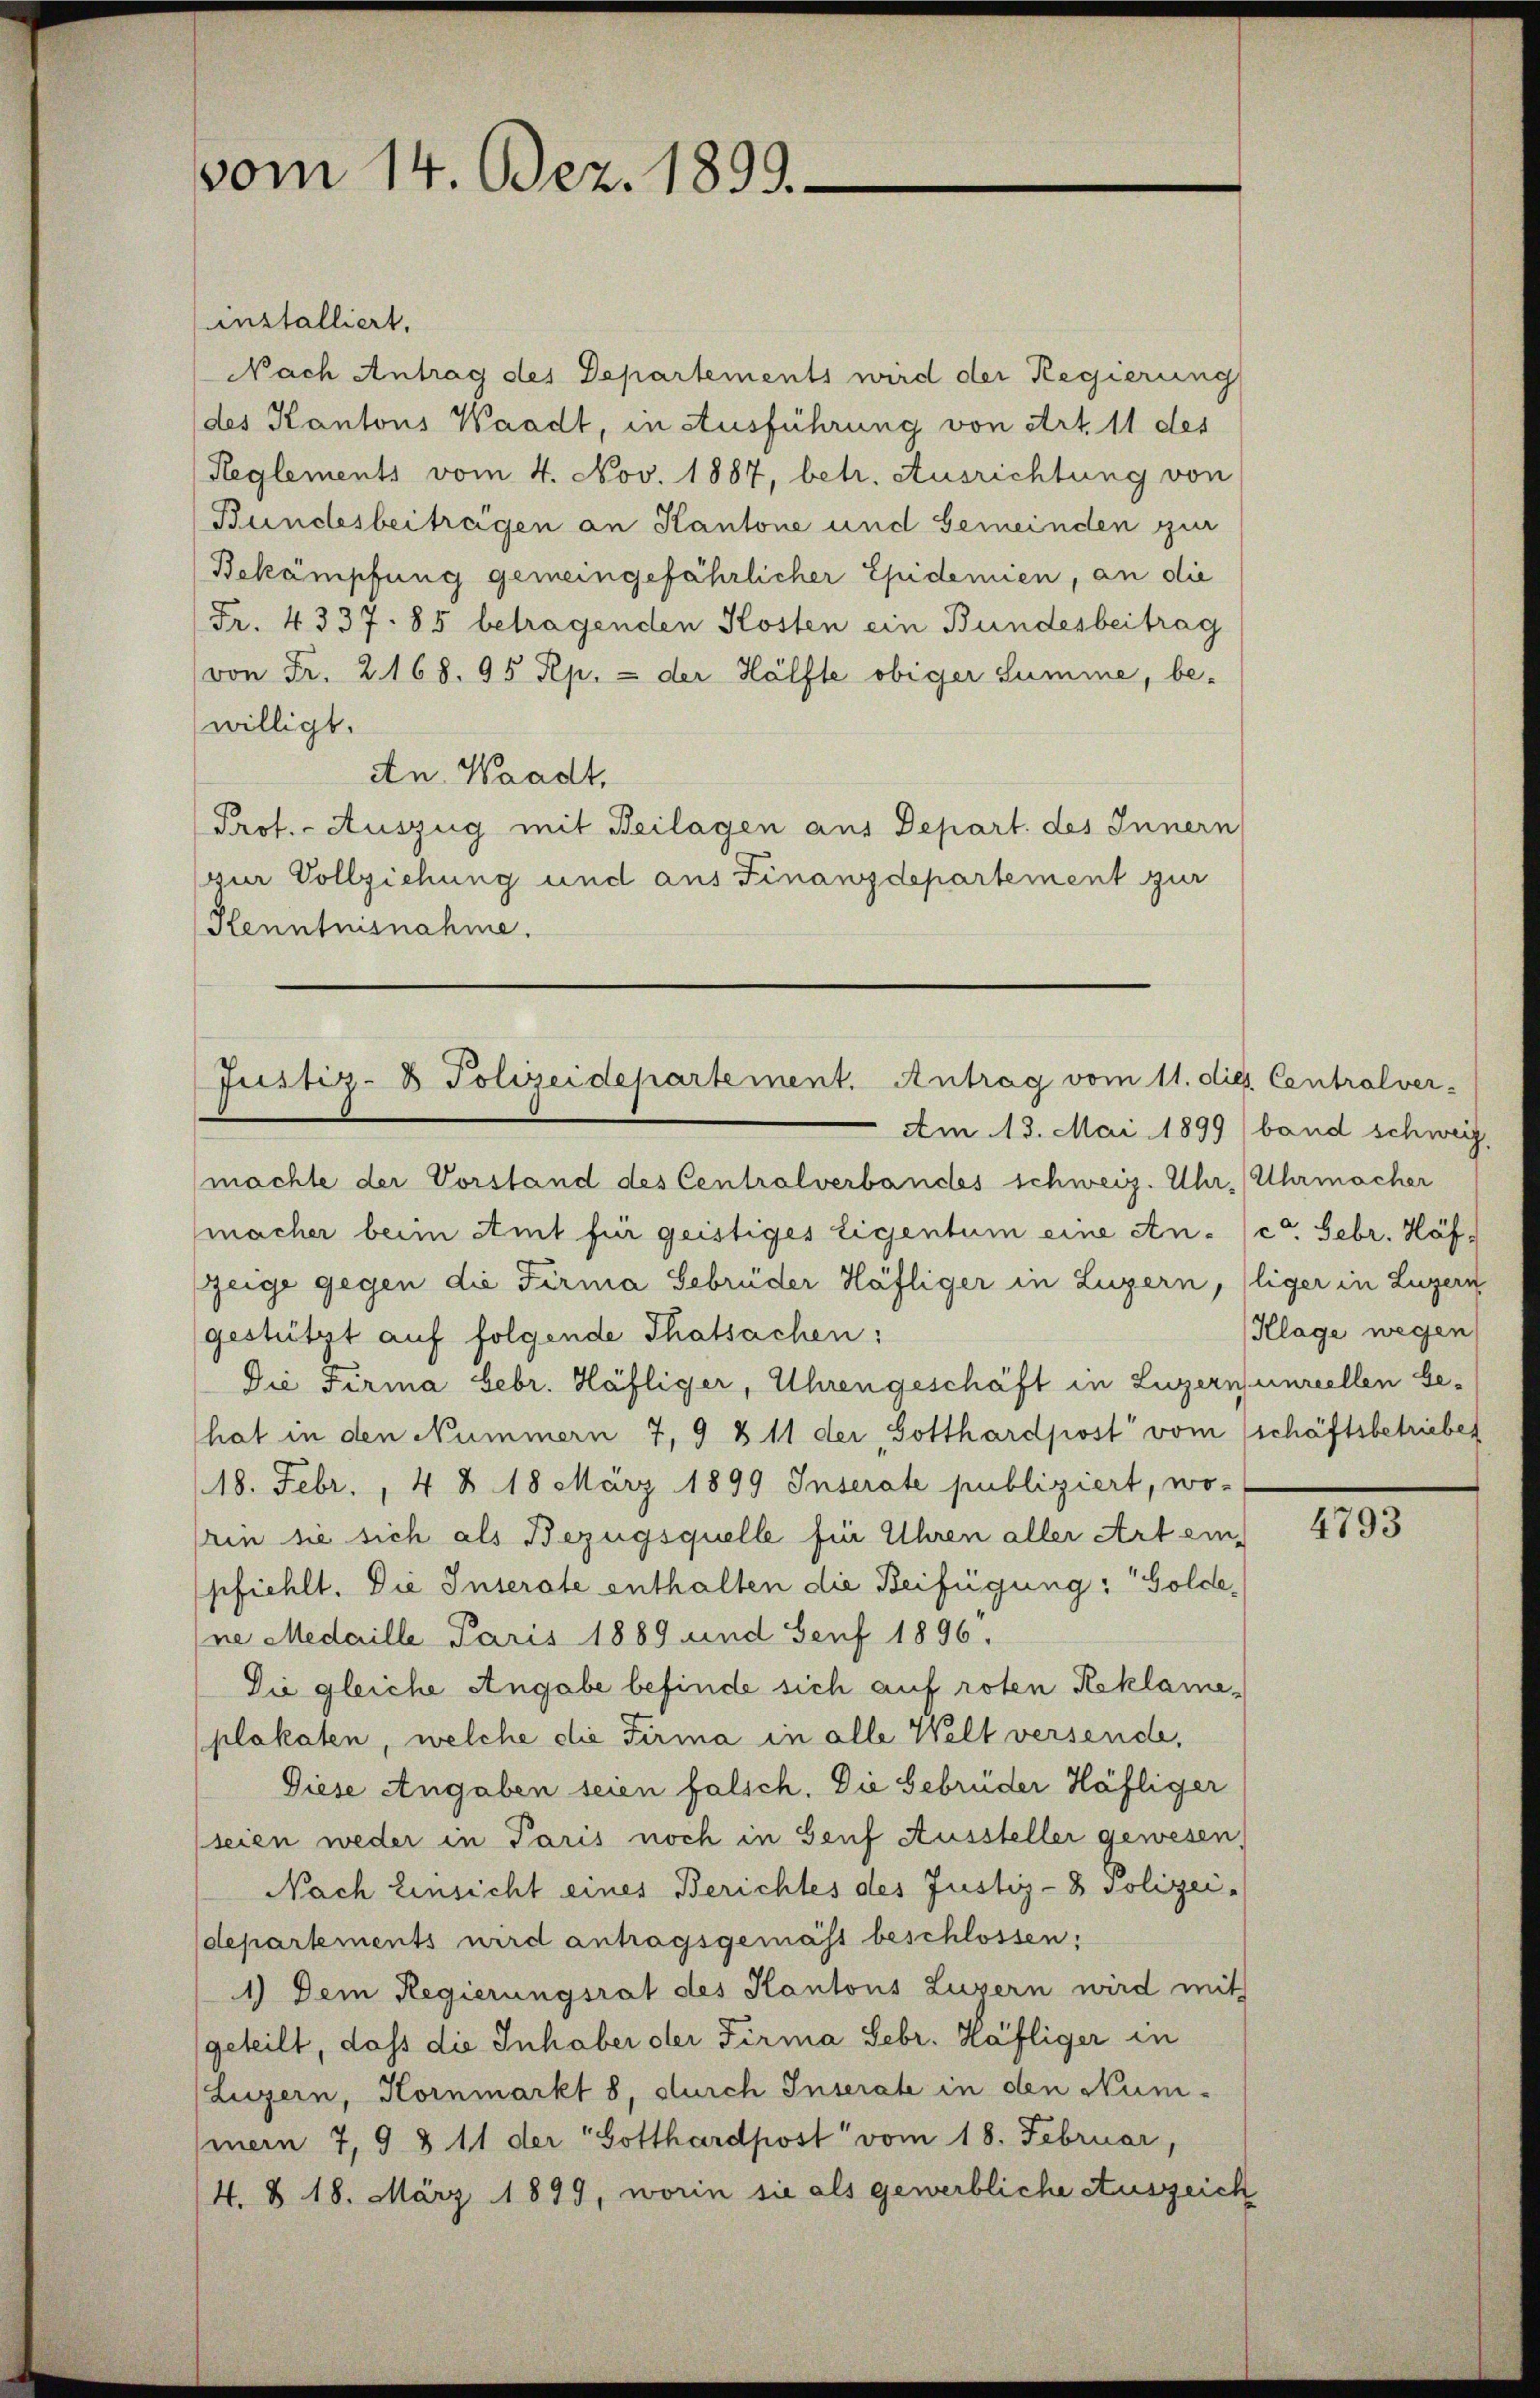
vom 14. Dez. 1899.

installiert.
Nach Antrag des Departements wird der Regierung
des Kantons Waadt, in Ausführung von Art. 11 des
Reglements vom 4. Nov. 1887, betr. Ausrichtung von
Bundesbeitragen an Kantone und Gemeinden zur
Bekämpfung gemeingefährlicher Epidemien, an die
Fr. 4337. 85 betragenden Kosten ein Bundesbeitrag
von Fr. 2168. 95 Rp. - der Hälfte obiger Summe, be-
willigt.
An Waadt,
Prof. - Auszug mit Beilagen aus Depart. des Innern
pur Vollziehung und aus Finanzdepartement zur
Kenntnisnahme.

Justiz- & Polizeidepartement. Antrag vom 11. die Centralver-

machte der Vorstand des Centralverbandes schweiz. Uhr, Uhrmacher
macher beim Amt für geistiges Eigentum eine An- (c. Febr. Häfzeige gegen die Firma Gebrüder Häfliger in Luzern, liger in Luzern
gestützt auf folgende Thatsachen:
Die Firma Febr. Häfliger, Uhrengeschäft in Luzernenreellen Ge-
hat in den Nummern 7, 9 & 11 der Gotthardpost“ vom schäftsbetriebes
118. Febr., 4 § 18 März 1899 Inserate publiziert, wo-
rin sie sich als Bezugsquelle für Uhren aller Art einpfiehlt. Die Inserate enthalten die Beifügung: Goldene Medaille Paris 1889 und Genf 1896.
Die gleiche Angabe befinde sich auf roten Reklameplakaten, welche die Firma in alle Welt versende,
Diese Angaben seien falsch. Die Gebrüder Häfliger
(seien weder in Paris noch in Genf Aussteller gewesen,
Nach Einsicht eines Berichtes des Justiz- & Polizei-
departements wird antragsgemäss beschlossen:
1.) Dem Regierungsrat des Kantons Luzern wird mit
geteilt, dass die Inhaber der Firma Febr. Häfliger in
Luzern, Kornmarkt 8, durch Inserate in den Nummein 7, 9 § 11 der Gotthardpost vom 18. Februar,
4. § 18. März 1899, worin sie als gewerbliche Auszeich

Am 13. Mai 1899 ( band schweiz,

Klage wegen

4793